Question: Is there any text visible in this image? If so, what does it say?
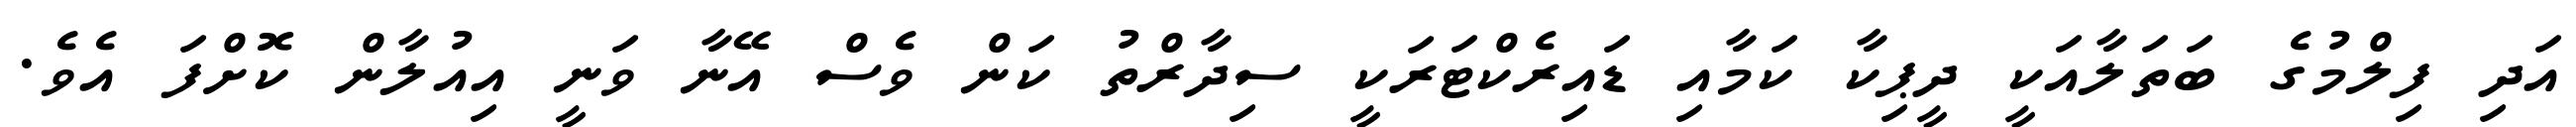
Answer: އަދި ފިލްމުގެ ބަތަލާއަކީ ދީޕިކާ ކަމާއި ޑައިރެކްޓަރަކީ ސިދާރްތު ކަން ވެސް އޭނާ ވަނީ އިއުލާން ކޮށްފަ އެވެ.